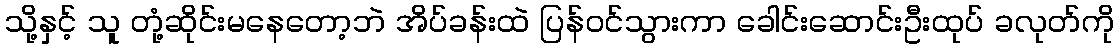
သို့နှင့် သူ တုံ့ဆိုင်းမနေတော့ဘဲ အိပ်ခန်းထဲ ပြန်ဝင်သွားကာ ခေါင်းဆောင်းဦးထုပ် ခလုတ်ကို